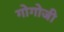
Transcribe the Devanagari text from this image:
गोगोजी